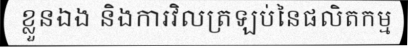
ខ្លួនឯង និងការវិលត្រឡប់នៃផលិតកម្ម